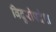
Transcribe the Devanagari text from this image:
विदुरोपदेश